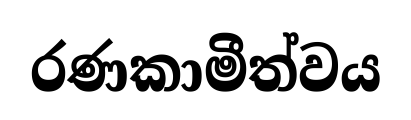
රණකාමීත්වය